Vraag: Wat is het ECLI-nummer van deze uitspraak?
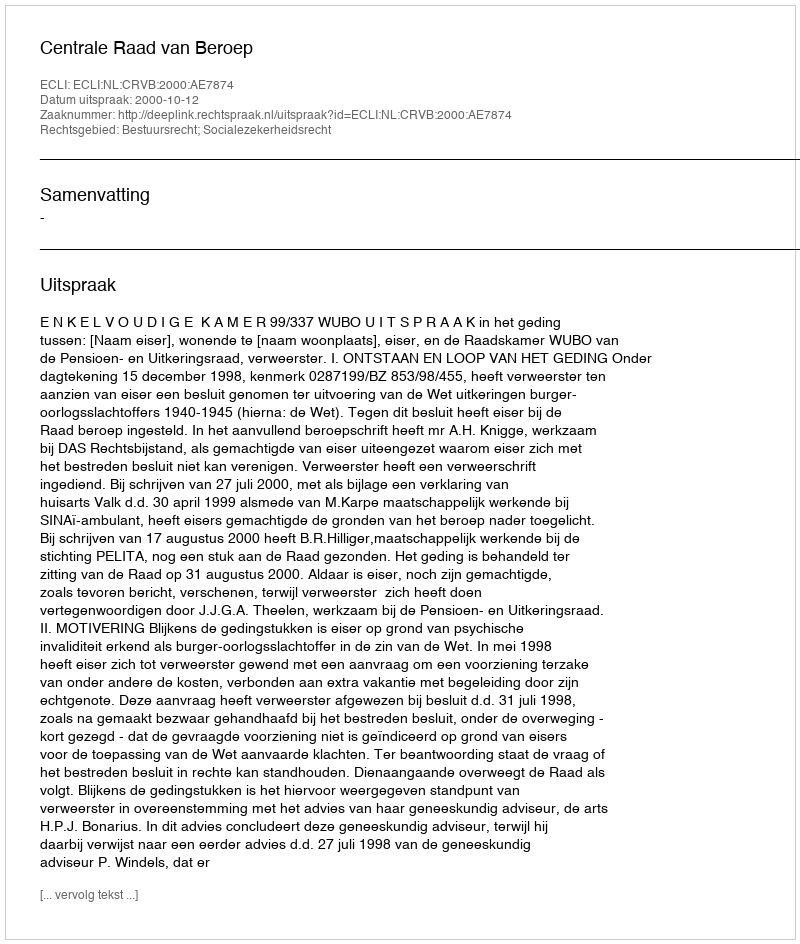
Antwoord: ECLI:NL:CRVB:2000:AE7874